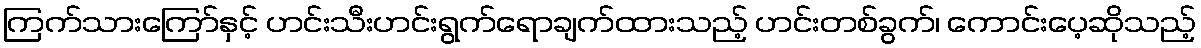
ကြက်သားကြော်နှင့် ဟင်းသီးဟင်းရွက်ရောချက်ထားသည့် ဟင်းတစ်ခွက်၊ ကောင်းပေ့ဆိုသည့်